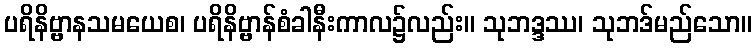
ပရိနိဗ္ဗာနသမယေစ၊ ပရိနိဗ္ဗာန်စံခါနီးကာလ၌လည်း။ သုဘဒ္ဒဿ၊ သုဘဒ်မည်သော။